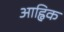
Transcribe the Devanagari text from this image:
आह्विक